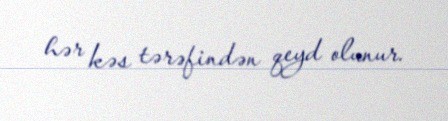
hər kəs tərəfindən qeyd olunur.